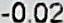
-0.02